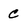
Character: C